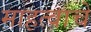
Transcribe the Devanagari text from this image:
माहत्वाचे